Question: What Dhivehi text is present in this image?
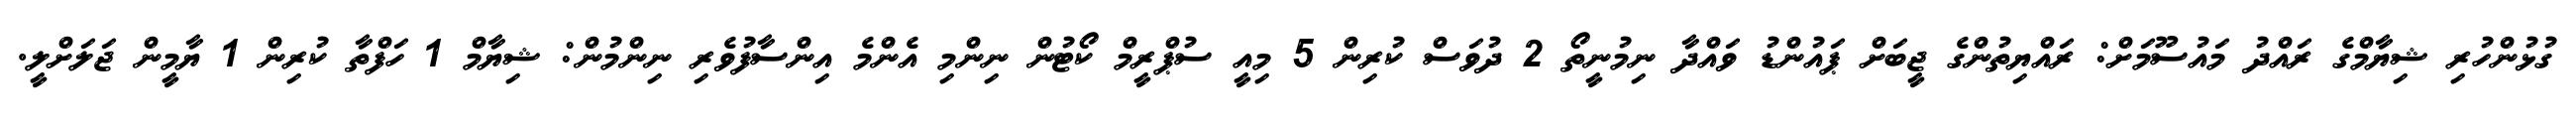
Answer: ގުޅުންހުރި ޝިޔާމްގެ ރައްދު މައުސޫމަށް: ރައްޔިތުންގެ ޖީބަށް ޕައުންޑު ވައްދާ ނިމުނީތޯ 2 ދުވަސް ކުރިން 5 މިއީ ސުޕްރީމް ކޯޓުން ނިންމި އެންމެ އިންސާފުވެރި ނިންމުން: ޝިޔާމް 1 ހަފްތާ ކުރިން 1 ޔާމީން ޖަލަށްލީ.